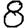
Digit: 8